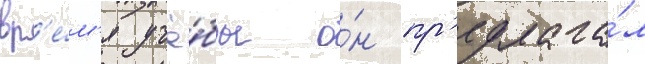
вр'е́м'я учё́бы о́н пр'едлага́л